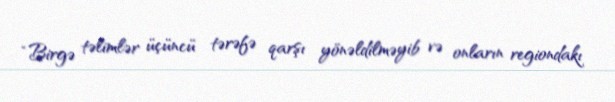
“Birgə təlimlər üçüncü tərəfə qarşı yönəldilməyib və onların regiondakı